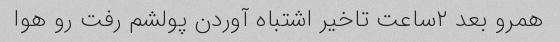
همرو بعد ۲ساعت تاخیر اشتباه آوردن پولشم رفت رو هوا